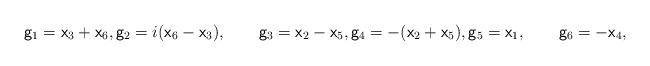
LaTeX: \begin{align*}\mathsf{g}_1=\mathsf{x}_3+\mathsf{x}_6,\mathsf{g}_2=i(\mathsf{x}_6-\mathsf{x}_3),\qquad\mathsf{g}_3=\mathsf{x}_2-\mathsf{x}_5,\mathsf{g}_4=-(\mathsf{x}_2+\mathsf{x}_5),\mathsf{g}_5=\mathsf{x}_1,\qquad\mathsf{g}_6=-\mathsf{x}_4,\end{align*}